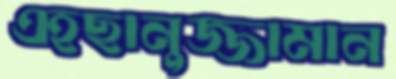
এহছানুজ্জামান